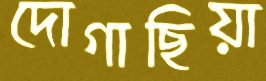
দোগাছিয়া